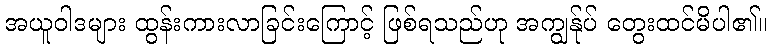
အယူဝါဒများ ထွန်းကားလာခြင်းကြောင့် ဖြစ်ရသည်ဟု အကျွန်ုပ် တွေးထင်မိပါ၏။